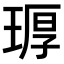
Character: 𪻶